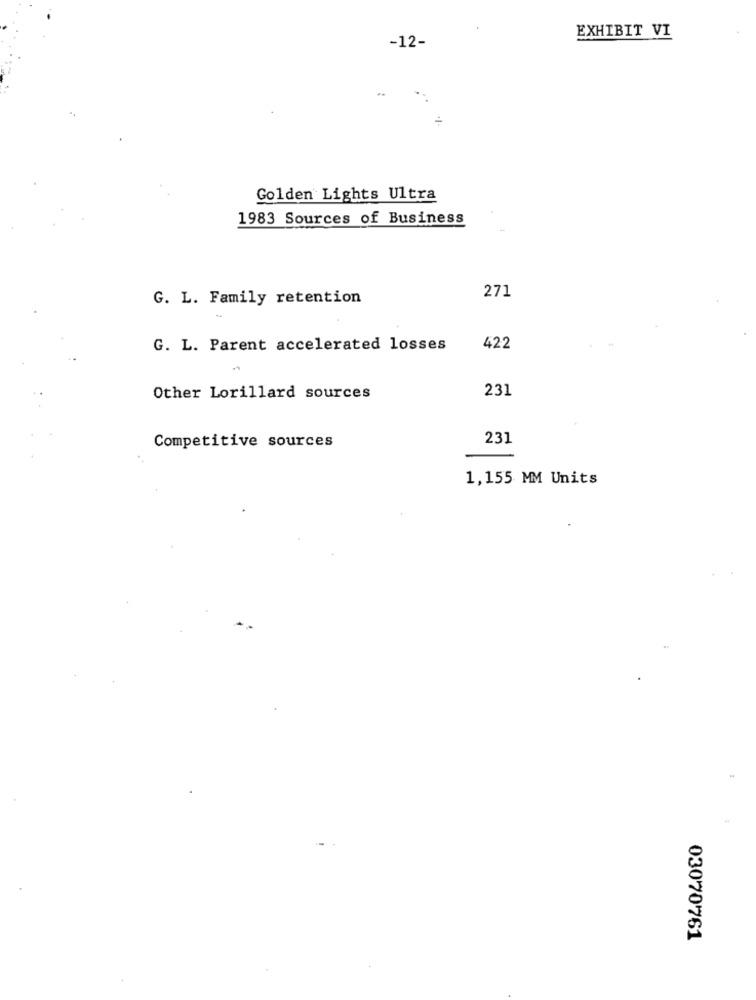
EXHIBIT VI
-12-
-
Golden Lights Ultra
1983 Sources of Business
271
G. L. Family retention
G. L. Parent accelerated losses
422
231
Other Lorillard sources
Competitive sources
231
1,155 MM Units
03070761